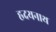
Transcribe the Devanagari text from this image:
ह्रदयनाथ